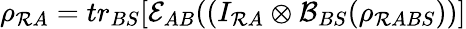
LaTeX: \rho_{\mathcal{R}A}=tr_{BS}[\mathcal{{E}}_{AB}((I_{\mathcal{R}A}\otimes\mathcal{{B}}_{BS}(\rho_{\mathcal{R}ABS}))]